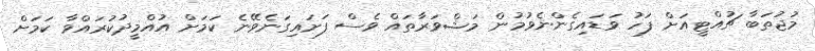
މުޖުތަބާ ޗުއްޓީއަށް ފަހު ވަޑައިގެންނެވުމުން މަޝްވަރާތައް ވެސް ފަށައިގަނެވޭނެ ކަމަށް އުއްމީދުކުރައްވާ ކަމަށް